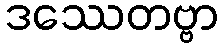
ဒဿေတဗ္ဗာ